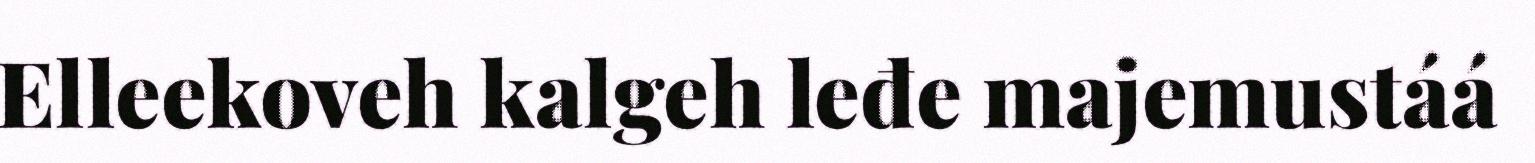
Elleekoveh kalgeh leđe majemustáá